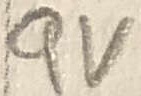
Text: 9V